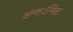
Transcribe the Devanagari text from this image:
अन्तःस्थित